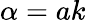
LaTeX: \alpha=ak